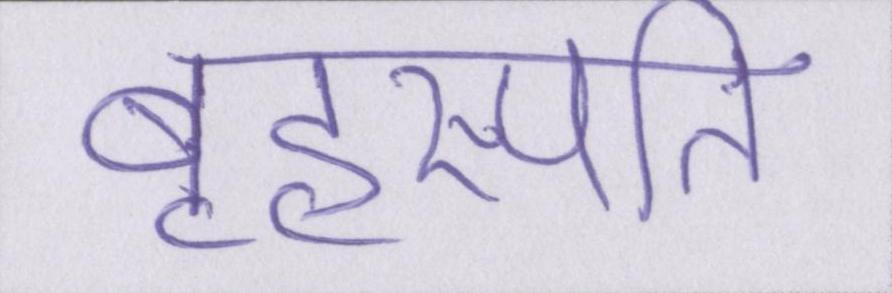
बृहस्पति